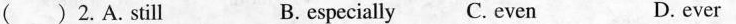
() 2.A.still B. especially C. even D. ever